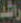
راشد